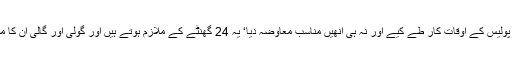
مجھے افسوس سے کہنا پڑتا ہے جی نہیں‘ ہمارا ان کے ساتھ رویہ ٹھیک نہیں‘ ریاست نے آج تک پولیس کے اوقات کار طے کیے اور نہ ہی انھیں مناسب معاوضہ دیا‘ یہ 24 گھنٹے کے ملازم ہوتے ہیں اور گولی اور گالی ان کا مقدر ہوتا ہے لیکن عوام اس کے باوجود انھیں عزت نہیں دیتے‘ یہ ظلم ہے‘ ہمیں اپنا رویہ بدلنا ہوگا۔